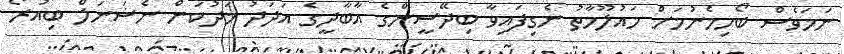
ނަމަވެސް ބޯހިމެނުމަށް މައުލޫމާތު ނެގިފައިވާ ބިދޭސީންގެ އާބާދީގެ އަދަދު މަދުކަން ނެޝަނަލް ބިއުރޯ